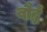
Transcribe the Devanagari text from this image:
बौर्द्ध